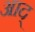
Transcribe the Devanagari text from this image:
आद्